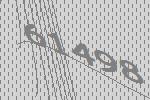
61498